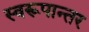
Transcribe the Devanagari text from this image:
स्वरूपान्तर